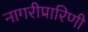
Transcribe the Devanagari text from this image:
नागरीप्रारिणी